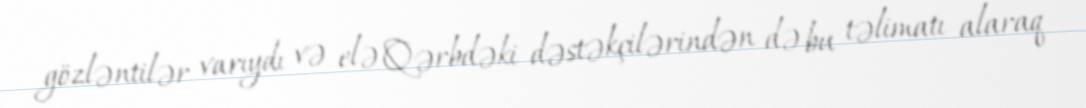
gözləntilər varıydı və elə Qərbdəki dəstəkçilərindən də bu təlimatı alaraq